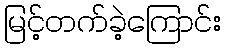
မြင့်တက်ခဲ့ကြောင်း